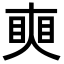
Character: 𥇛